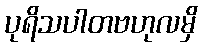
ပုရိသပါတဗဟုလမှိ